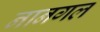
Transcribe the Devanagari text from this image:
नानगल